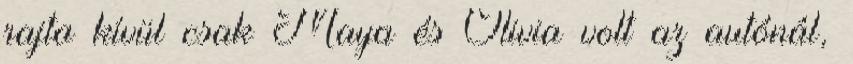
rajta kívül csak Maya és Olivia volt az autónál,